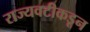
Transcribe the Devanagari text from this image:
राज्यवटीकडून